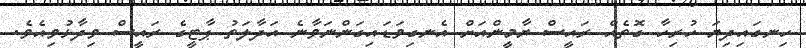
ހިނގައިދިޔަ ހުރިހާ ގޮތެއް ރައީސް ޔާމީންއަށް އެނގިވަޑައިގަންނަވާނެ އަދާލަތު ޕާޓީގެ ރައީސް ވިދާޅުވިއެވެ.